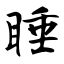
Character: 睡